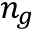
n _ { g }